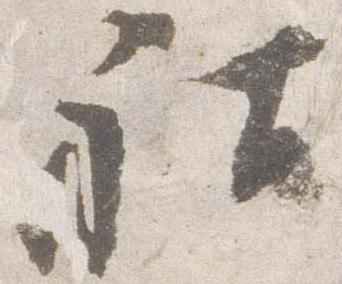
社